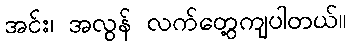
အင်း၊ အလွန် လက်တွေ့ကျပါတယ်။